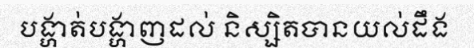
បង្ហាត់បង្ហាញដល់ និស្សិតបានយល់ដឹង